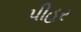
પીહર